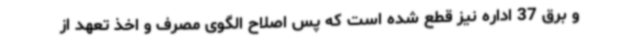
و برق 37 اداره نیز قطع شده است که پس اصلاح الگوی مصرف و اخذ تعهد از